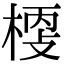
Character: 𣖀